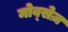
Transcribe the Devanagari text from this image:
मोव्सेज़